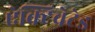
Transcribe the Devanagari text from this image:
ऐक्टिवेटेड